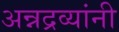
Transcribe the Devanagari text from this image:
अन्नद्रव्यांनी